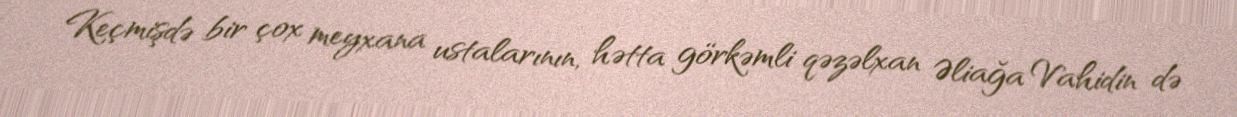
Keçmişdə bir çox meyxana ustalarının, hətta görkəmli qəzəlxan Əliağa Vahidin də